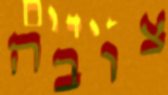
צובה